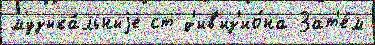
музыка́льныjе ст д'ив'из'ио́на Зат'е́м